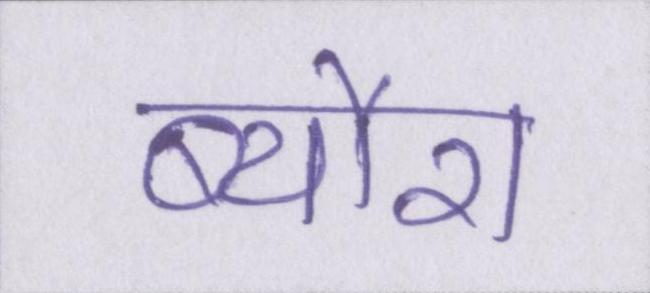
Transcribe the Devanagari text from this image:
ब्यौरा